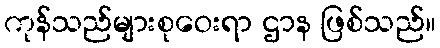
ကုန်သည်များစုဝေးရာ ဌာန ဖြစ်သည်။